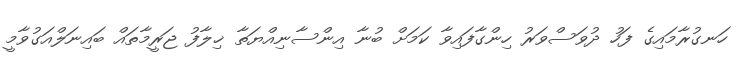
ހަނގުރާމައިގެ ފަހު ދުވަސްވަރު ހިންގާފައިވާ ކަމަށް ބުނާ އިންސާނިއްޔަތާ ޚިލާފު ޖަރީމާތައް ބައިނަލްއަގުވާމީ